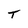
Character: T